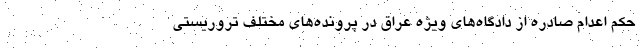
حکم اعدام صادره از دادگاه‌های ویژه عراق در پرونده‌های مختلف تروریستی